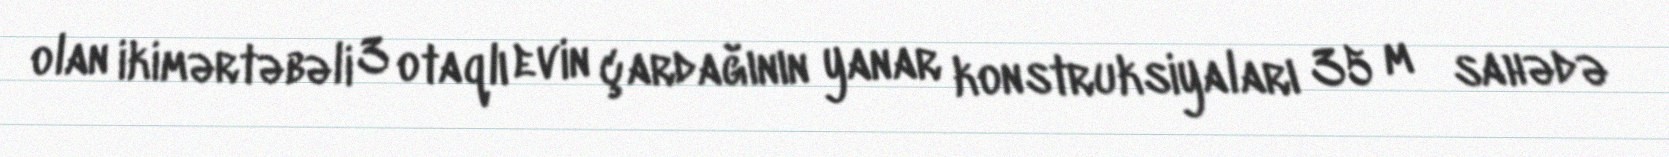
olan ikimərtəbəli 3 otaqlı evin çardağının yanar konstruksiyaları 35 m² sahədə